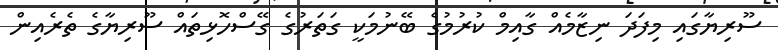
ސޫރިޔާގައި މިފަދަ ނިޒާމެއް ގާއިމް ކުރުމުގެ ބޭނުމަކީ ގަތަރުގެ ގޭސްހޮޅިތައް ސޫރިޔާގެ ތެރެއިން